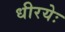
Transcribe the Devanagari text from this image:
धीरयेः